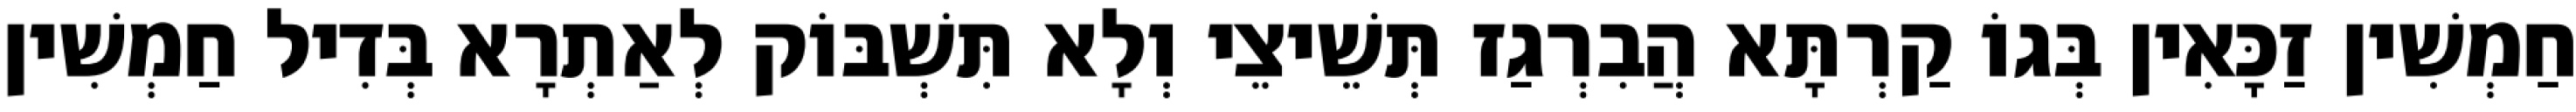
חַמְשִׁין זַכָּאִין בְּגוֹ קַרְתָּא הֲבִרְגַז תְּשֵׁיצֵי וְלָא תִּשְׁבּוֹק לְאַתְרָא בְּדִיל חַמְשִׁין